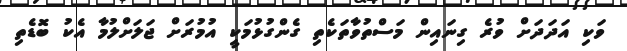
ވަކި އަދަދަށް ވުރެ ގިނައިން މަސްތުވާތަކެތި ގެންގުޅުމަކީ އުމުރަށް ޖަލަށްލުމާ އެކު ބޮޑެތި